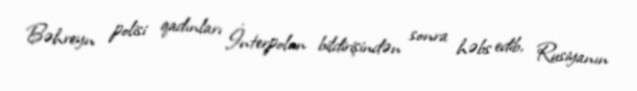
Bəhreyn polisi qadınları İnterpolun bildirişindən sonra həbs edib, Rusiyanın